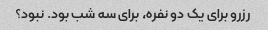
رزرو برای یک دو نفره، برای سه شب بود. نبود؟